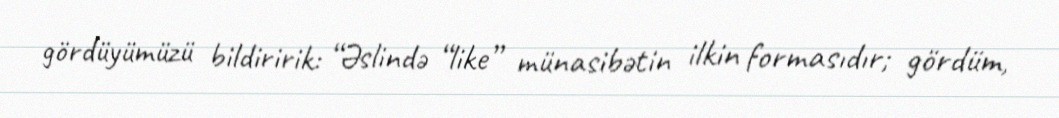
gördüyümüzü bildiririk: “Əslində “like” münasibətin ilkin formasıdır; gördüm,